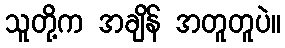
သူတို့က အချိန် အတူတူပဲ။